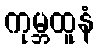
ကုမ္ဘထူနံ